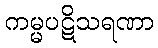
ကမ္မပဋိသရဏာ